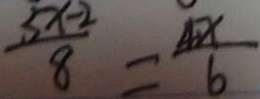
\frac { 5 x - 2 } { 8 } = \frac { 4 X } { 6 }